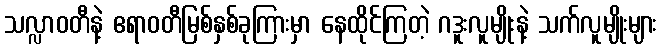
သလ္လာဝတီနဲ့ ဧရာဝတီမြစ်နှစ်ခုကြားမှာ နေထိုင်ကြတဲ့ ဂဒူးလူမျိုးနဲ့ သက်လူမျိုးများ